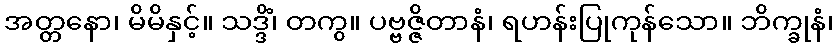
အတ္တနော၊ မိမိနှင့်။ သဒ္ဒိံ၊ တကွ။ ပဗ္ဗဇ္ဇိတာနံ၊ ရဟန်းပြုကုန်သော။ ဘိက္ခုနံ၊